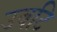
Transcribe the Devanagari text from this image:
उबटि